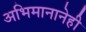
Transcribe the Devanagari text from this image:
अभिमानानेही